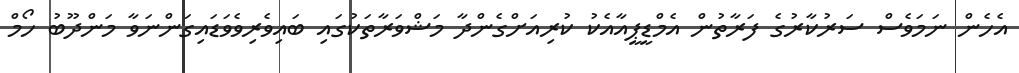
އެހެން ނަމަވެސް ސަރުކާރުގެ ފަރާތުން އެމްޑީޕީއާއެކު ކުރިއަށްގެންދާ މަޝްވަރާތަކުގައި ބައިވެރިވެވަޑައިގަންނަވާ މަންދޫބު ހޯމް